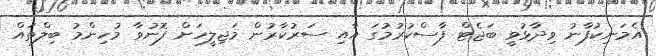
އެމަނިކުފާނު ވިދާޅުވީ ބަޖެޓް ފާސްކުރުމުގަ އާއި ސަރުކާރުން މަޖިލީހަށް ފޮނުވާ މުހިންމު ބިލްތައް